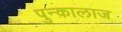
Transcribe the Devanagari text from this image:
पुन्कालाज